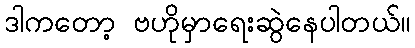
ဒါကတော့ ဗဟိုမှာရေးဆွဲနေပါတယ်။